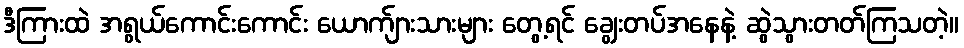
ဒီကြားထဲ အရွယ်ကောင်းကောင်း ယောက်ျားသားများ တွေ့ရင် ချွေးတပ်အနေနဲ့ ဆွဲသွားတတ်ကြသတဲ့။